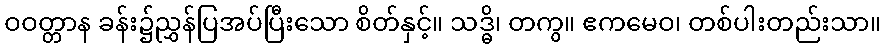
ဝဝတ္တာန ခန်း၌ညွှန်ပြအပ်ပြီးသော စိတ်နှင့်။ သဒ္ဓိ၊ တကွ။ ဧကမေဝ၊ တစ်ပါးတည်းသာ။